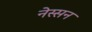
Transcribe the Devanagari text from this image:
नेस्‍सन